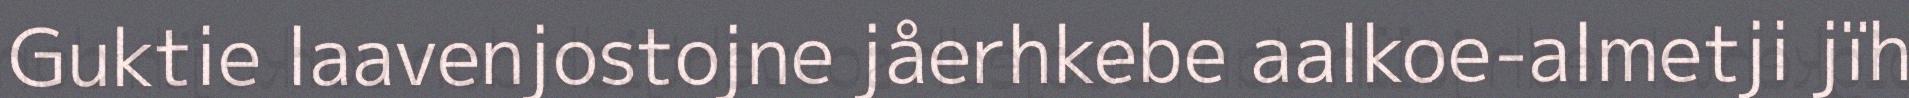
Guktie laavenjostojne jåerhkebe aalkoe-almetji jïh